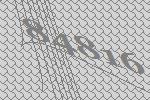
84816